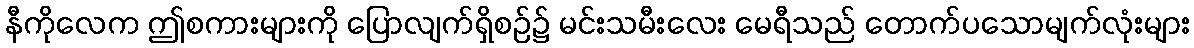
နီကိုလေက ဤစကားများကို ပြောလျက်ရှိစဉ်၌ မင်းသမီးလေး မေရီသည် တောက်ပသောမျက်လုံးများ